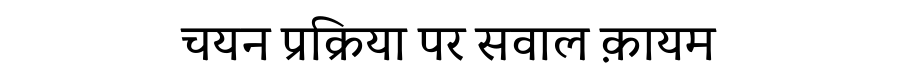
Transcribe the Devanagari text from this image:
चयन प्रक्रिया पर सवाल क़ायम